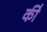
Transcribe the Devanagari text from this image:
की॑